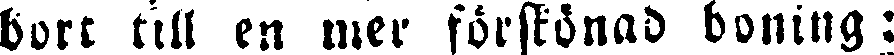
bort till en mer förskönad boning: